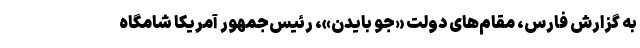
به گزارش فارس، مقام‌های دولت «جو بایدن»، رئیس‌جمهور آمریکا شامگاه